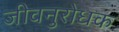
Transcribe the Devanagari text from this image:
जीवनुरोधक